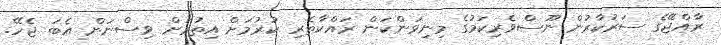
ރާއްޖޭގެ ސަރުކާރުން ނޫސްވެރިކަމުގެ މިނިވަންކަން ރައްކާތެރި ކުރުމަށް އިތުރަށް ވިސްނަން އެބަ ޖެހޭ.